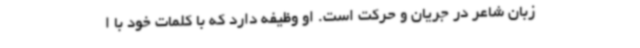
زبان شاعر در جریان و حرکت است. او وظیفه دارد که با کلمات خود با ا